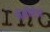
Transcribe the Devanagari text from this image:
मेमोरंडा